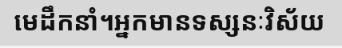
មេដឹកនាំ។អ្នកមានទស្សនៈវិស័យ